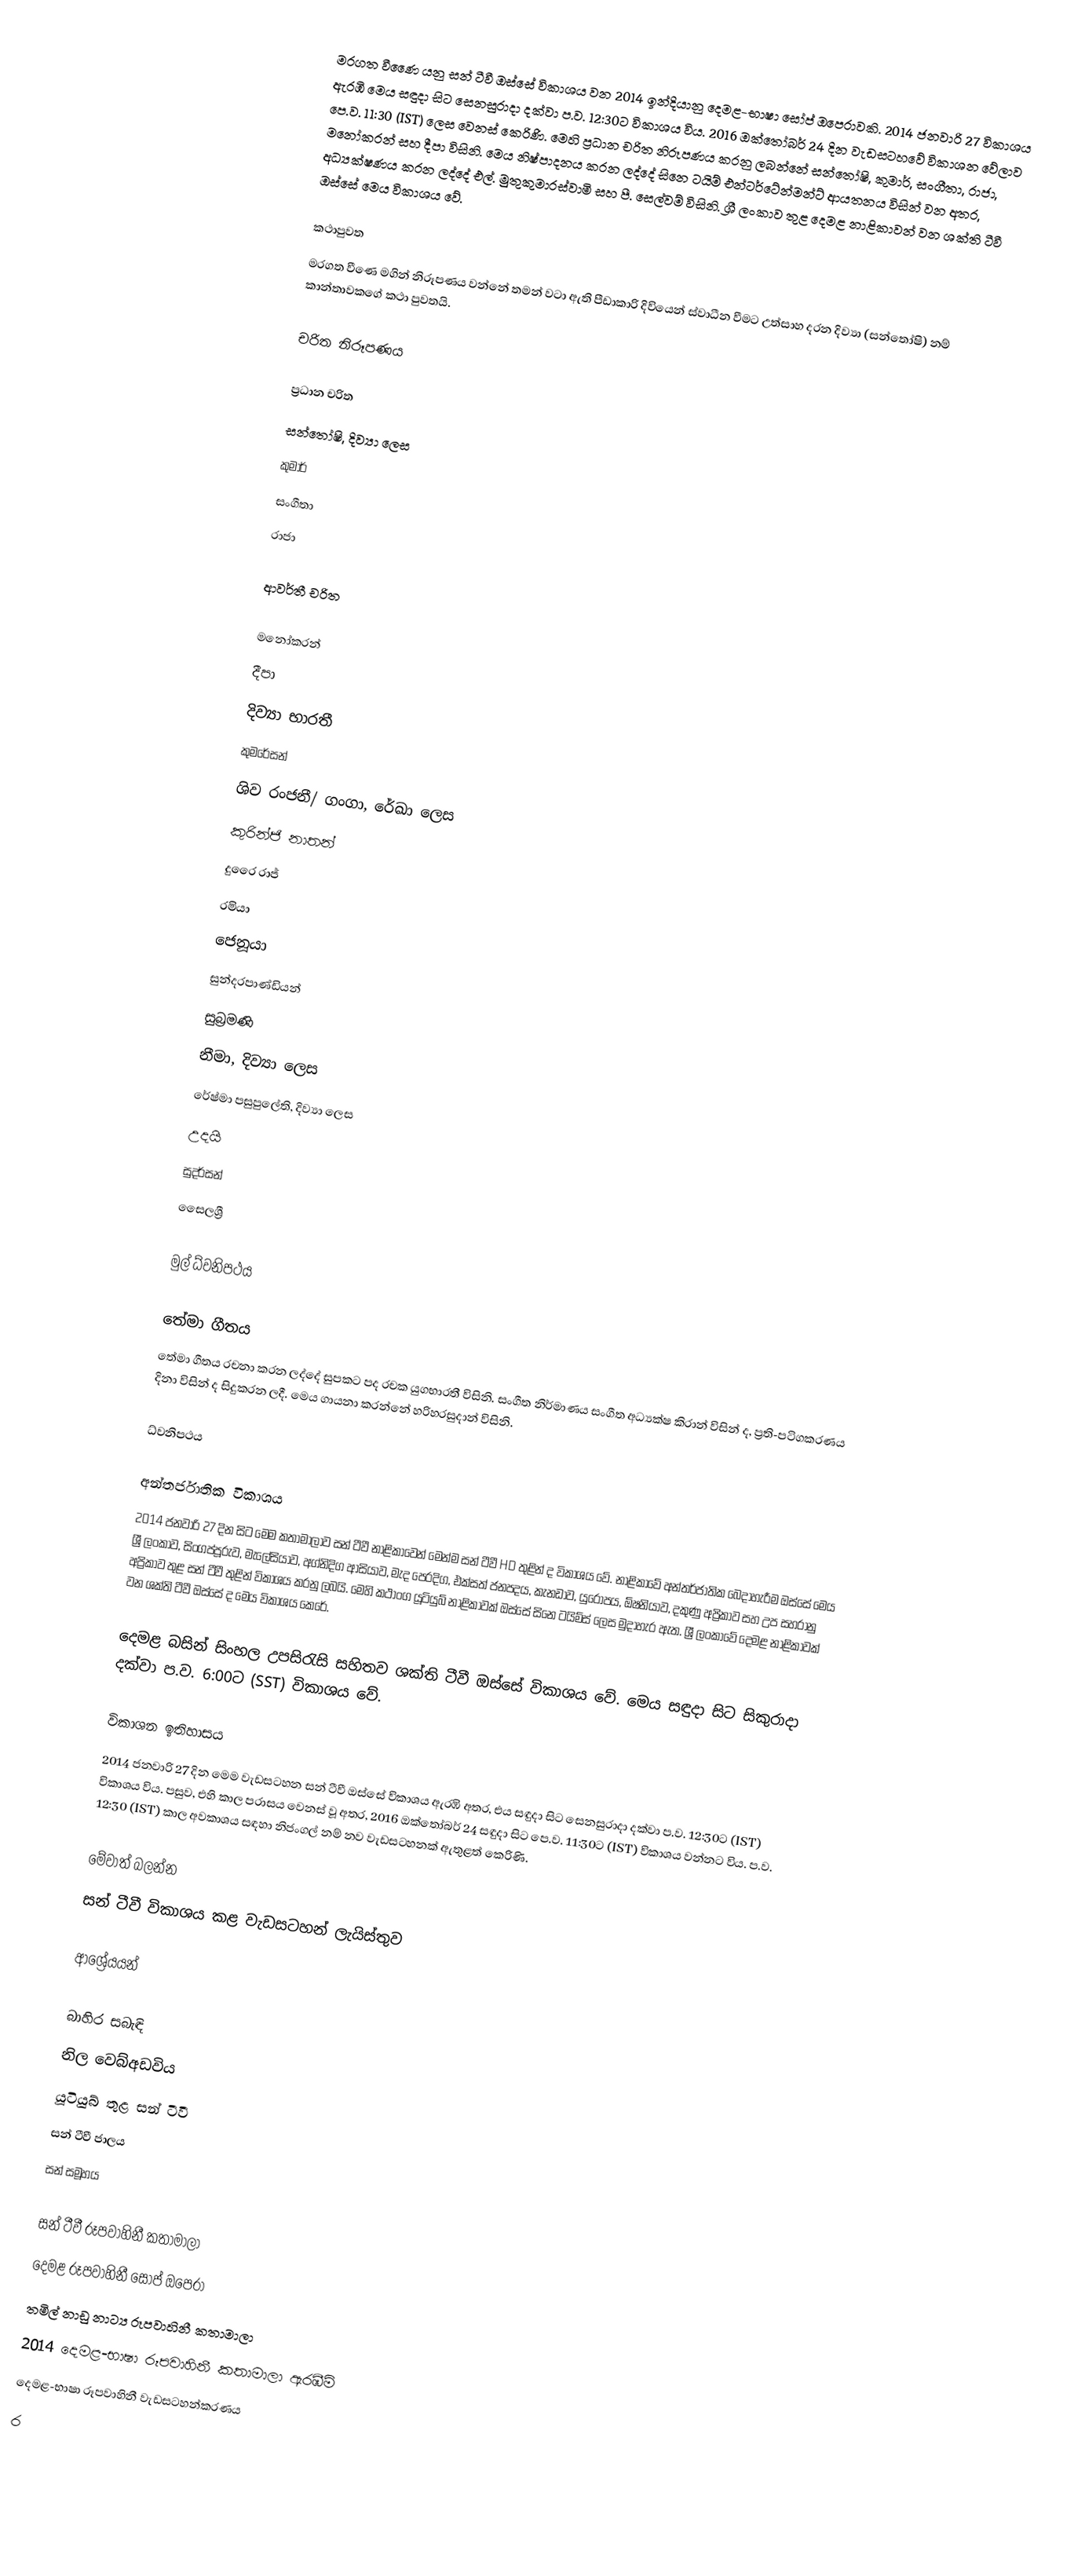
මරගත වීණෛ යනු සන් ටීවී ඔස්සේ විකාශය වන 2014 ඉන්දියානු දෙමළ-භාෂා සෝප් ඔපෙරාවකි. 2014 ජනවාරි 27 විකාශය ඇරඹි මෙය සඳුදා සිට සෙනසුරාදා දක්වා ප.ව. 12:30ට විකාශය විය. 2016 ඔක්තෝබර් 24 දින වැඩසටහවේ විකාශන වේලාව පෙ.ව. 11:30 (IST) ලෙස වෙනස් කෙරිණි. මෙහි ප්‍රධාන චරිත නිරූපණය කරනු ලබන්නේ සන්තෝෂි, කුමාර්, සංගීතා, රාජා, ම‍නෝකරන් සහ දීපා විසිනි. මෙය නිෂ්පාදනය කරන ලද්දේ සිනෙ ටයිම් එන්ටර්ටේන්මන්ට් ආයතනය විසින් වන අතර, අධ්‍යක්ෂණය කරන ලද්දේ එල්. මුතුකුමාරස්වාමි සහ පී. සෙල්වම් විසිනි. ශ්‍රී ලංකාව තුළ දෙමළ නාළිකාවන් වන ශක්ති ටීවී ඔස්සේ මෙය විකාශය වේ.

කථාපුවත
මරගත වීණෙ මගින් නිරූපණය වන්නේ තමන් වටා ඇති පීඩාකාරි දිවියෙන් ස්වාධීන වීමට උත්සාහ දරන දිව්‍යා (සන්තෝෂි) නම් කාන්තාවකගේ කථා පුවතයි.

චරිත නිරූපණය

ප්‍රධාන චරිත
 සන්තෝෂි, දිව්‍යා ලෙස
 කුමාර්
 සංගීතා
 රාජා

ආවර්තී චරිත

 මනෝකරන්
 දීපා
 දිව්‍යා භාරතී
 කුමරේසන්
 ශිව රංජනී/ ගංගා, රේඛා ලෙස
 කුරින්ජි නාතන්
 දුරෛ රාජ්
 රමියා
 ජෙනූයා
 සුන්දරපාණ්ඩියන්
 සුබ්‍රමණි
 නීමා, දිව්‍යා ලෙස
 රේෂ්මා පසුපුලේති, දිව්‍යා ලෙස
 උදයි
 සුදර්සන්
 සෛලශ්‍රී

මුල් ධ්වනිපථය

තේමා ගීතය
තේමා ගීතය රචනා කරන ලද්දේ සුපකට පද රචක යුගභාරතී විසිනි. සංගීත නිර්මාණය සංගීත අධ්‍යක්ෂ කිරාන් විසින් ද, ප්‍රති-පටිගකරණය දිනා විසින් ද සිදුකරන ලදී. මෙය ගායනා කරන්නේ හරිහරසුදාන් විසිනි.

ධ්වනිපථය

අන්තර්ජාතික විකාශය
2014 ජනවාරි 27 දින සිට මෙම කතාමාලාව සන් ටීවී නාළිකාවෙන් මෙන්ම සන් ටීවී HD තුළින් ද විකාශය වේ. නාළිකාවේ අන්තර්ජාතික බෙදාහැරීම ඔස්සේ මෙය ශ්‍රී ලංකාව, සිංගප්පූරුව, මැලේසියාව, අග්නිදිග ආසියාව, මැද පෙරදිග, එක්සත් ජනපදය, කැනඩාව, යුරෝපය, ඕෂනියාව, දකුණු අප්‍රිකාව සහ උප සහරානු අප්‍රිකාව තුළ සන් ටීවී තුළින් විකාශය කරනු ලබයි. මෙහි කථාංග යූටියුබ් නාළිකාවක් ඔස්සේ සිනෙ ටයිම්ස් ලෙස මුදාහැර ඇත. ශ්‍රී ලංකාවේ දෙමළ නාළිකාවක් වන ශක්ති ටීවී ඔස්සේ ද මෙය විකාශය කෙරේ.

  දෙමළ බසින් සිංහල උපසිරැසි සහිතව ශක්ති ටීවී ඔස්සේ විකාශය වේ. මෙය සඳුදා සිට සිකුරාදා දක්වා ප.ව. 6:00ට (SST) විකාශය වේ.

විකාශන ඉතිහාසය
2014 ජනවාරි 27 දින මෙම වැඩසටහන සන් ටීවී ඔස්සේ විකාශය ඇරඹි අතර, එය සඳුදා සිට සෙනසුරාදා දක්වා ප.ව. 12:30ට (IST) විකාශය විය. පසුව, එහි කාල පරාසය වෙනස් වූ අතර, 2016 ඔක්තෝබර් 24 සඳුදා සිට පෙ.ව. 11:30ට (IST) විකාශය වන්නට විය. ප.ව. 12:30 (IST) කාල අවකාශය සඳහා නිජංගල් නම් නව වැඩසටහනක් ඇතුළත් කෙරිණි.

මේවාත් බලන්න
 සන් ටීවී විකාශය කළ වැඩසටහන් ලැයිස්තුව

ආශ්‍රේයයන්

බාහිර සබැඳි
 නිල වෙබ්අඩවිය
 යූටියුබ් තුළ සන් ටීවී
 සන් ටීවී ජාලය
 සන් සමූහය

සන් ටීවී රූපවාහිනී කතාමාලා
දෙමළ රූපවාහිනී සෝප් ඔපෙරා
තමිල් නාඩු නාට්‍ය රූපවාහිනී කතාමාලා
2014 දෙමළ-භාෂා රූපවාහිනී කතාමාලා ඇරඹීම්
දෙමළ-භාෂා රූපවාහිනී වැඩසටහන්කරණය
ර